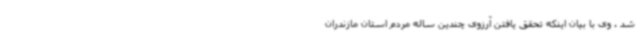
شد . وی با بیان اینکه تحقق یافتن آرزوی چندین ساله مردم استان مازندران